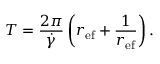
T = \frac { 2 \pi } { \dot { \gamma } } \left( r _ { \mathrm { e f } } + \frac { 1 } { r _ { \mathrm { e f } } } \right) .